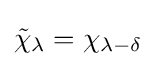
{\tilde {\chi }}_{\lambda }=\chi _{\lambda -\delta }